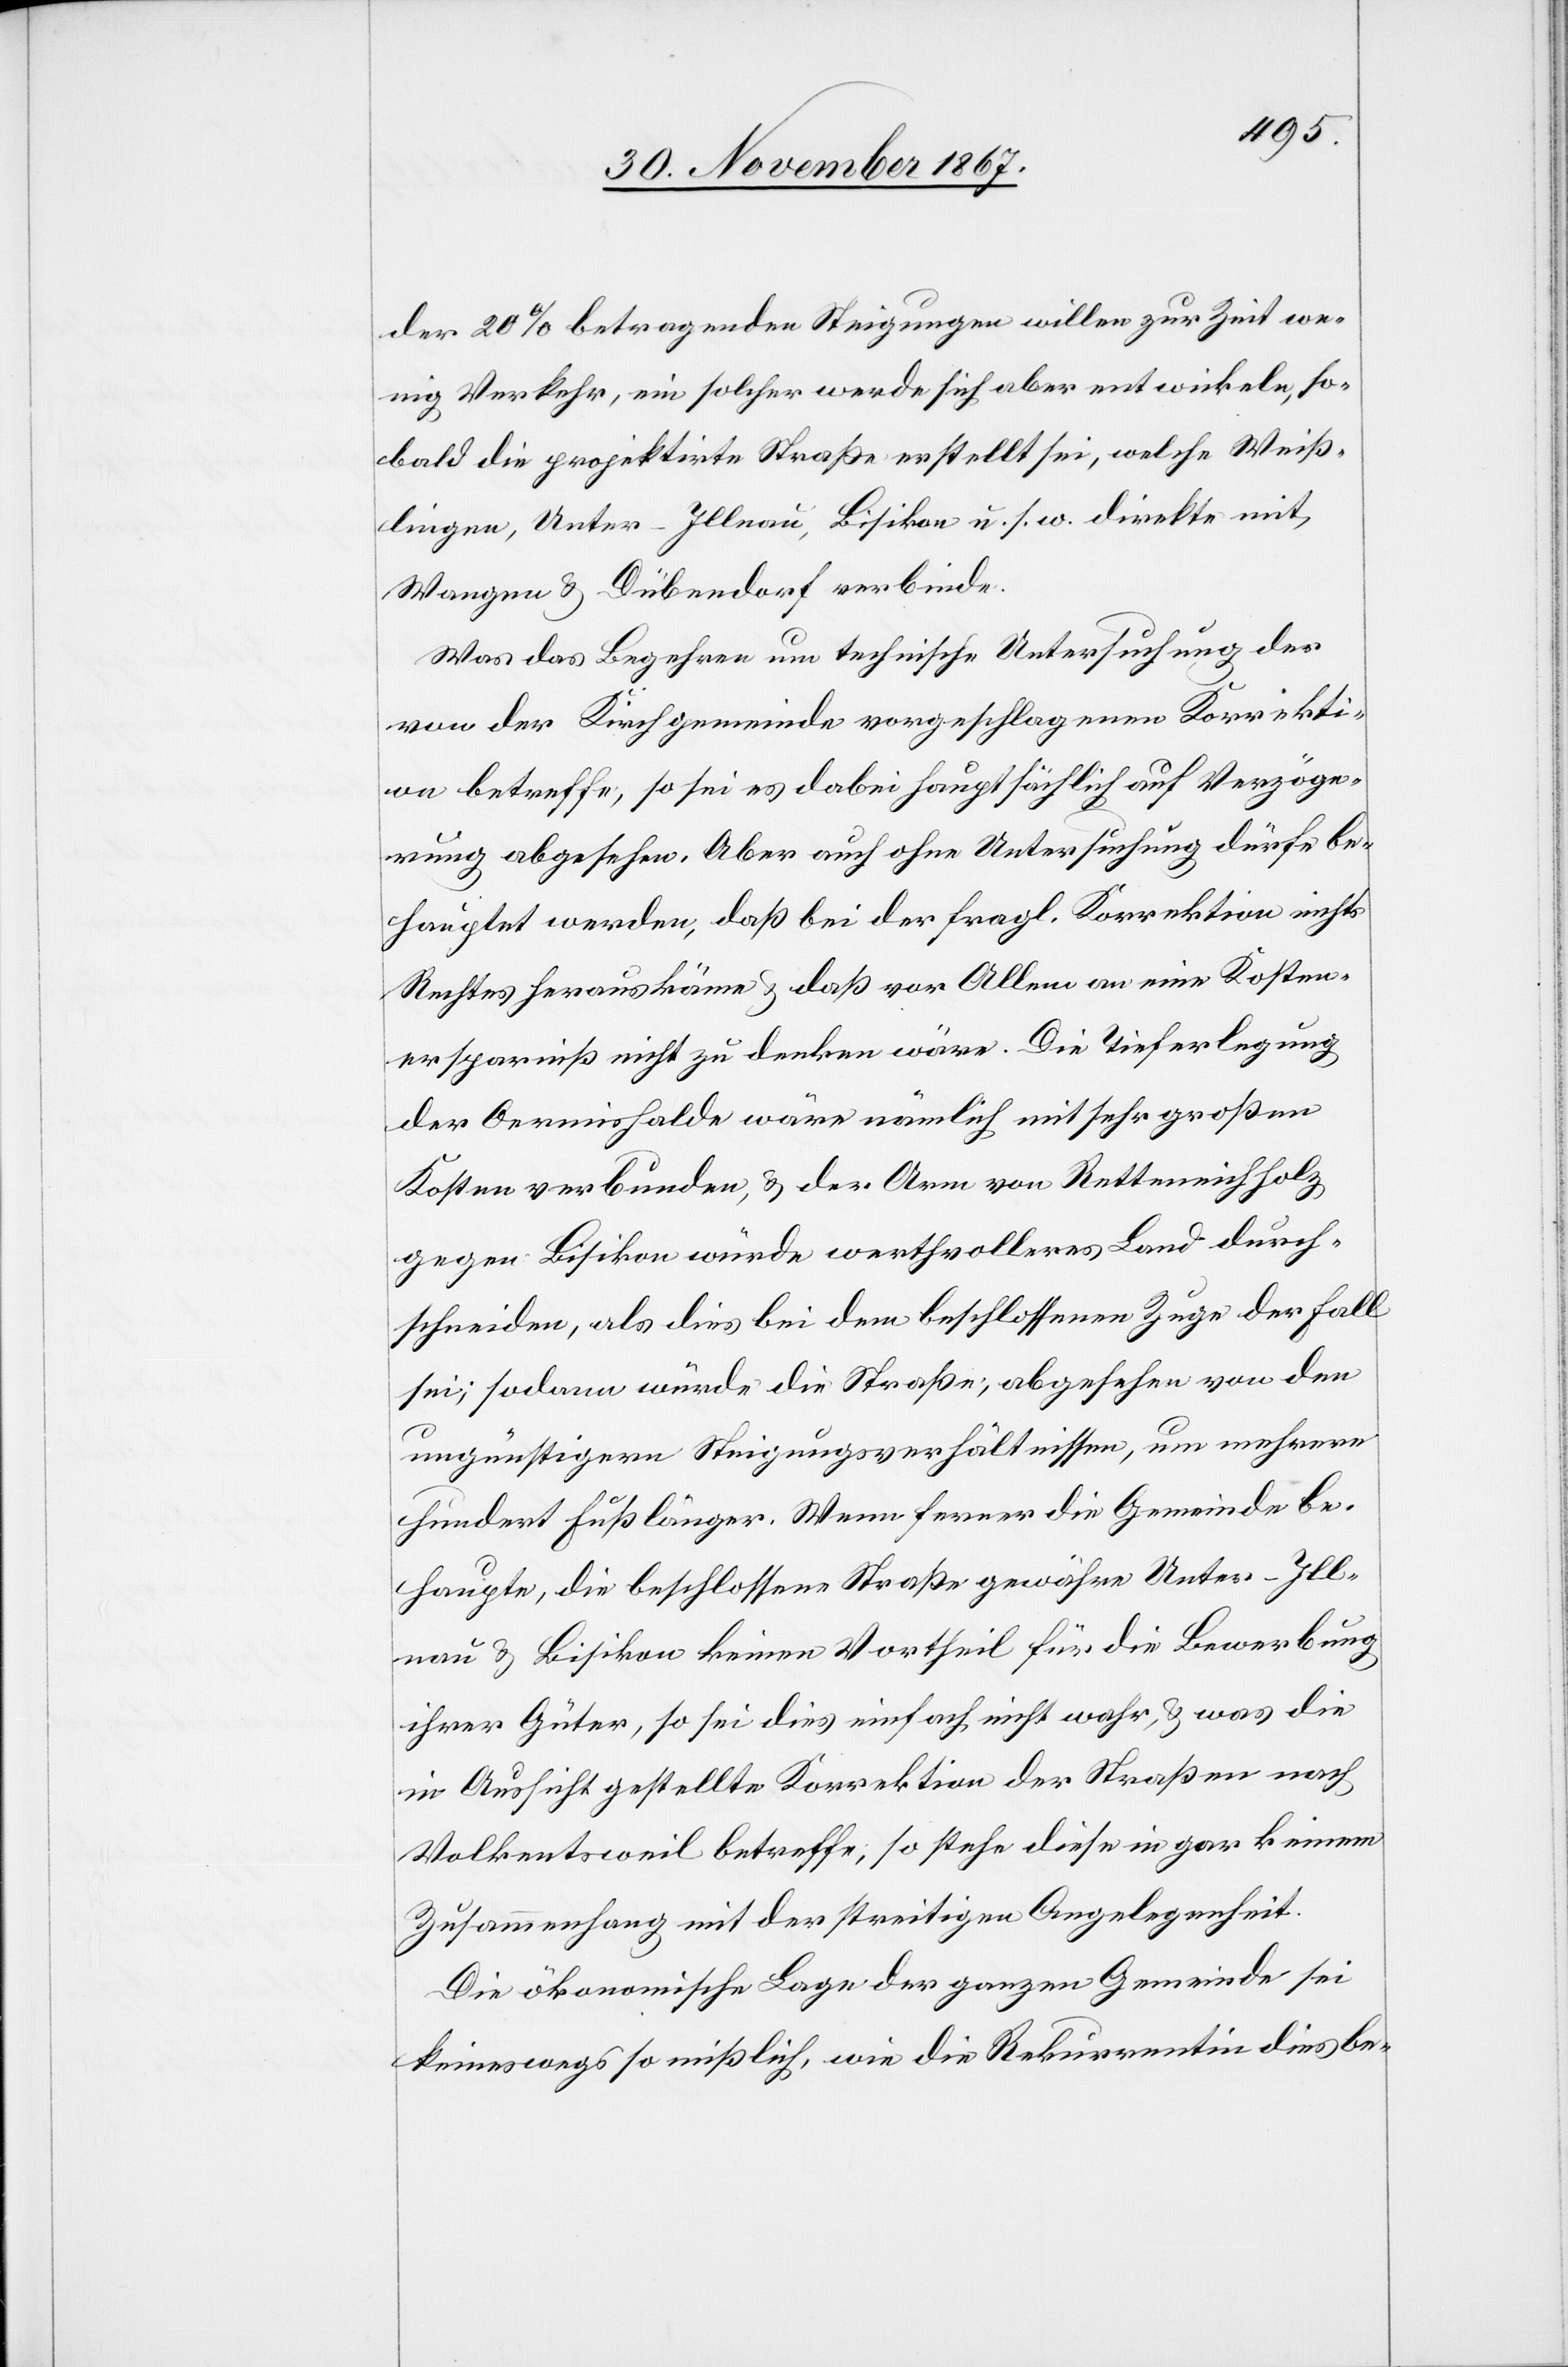
der 20% betragenden Steigungen willen zur Zeit we¬
nig Verkehr, ein solcher werde sich aber entwickeln, so¬
bald die projektirte Straße erstellt sei, welche Weiß¬
lingen, Unter-Illnau, Bisikon u. s. w. direkte mit
Wangen u. Dübendorf verbinde.
Was das Begehren um technische Untersuchungen der
von der Kirchgemeinde vorgeschlagenen Korrekti¬
on betreffe, so sei es dabei hauptsächlich auf Verzöge¬
rung abgesehen. Aber auch ohne Untersuchung dürfe be¬
hauptet werden, daß bei der fragl. Korrektion nichts
Rechtes herauskäme u. daß vor Allem an eine Kosten¬
ersparniß nicht zu denken wäre. Die Tieferlegung
der Oermishalde wäre nämlich mit sehr großen
Kosten verbunden, u. der Arm von Retteneichholz
gegen Bisikon würde werthvolleres land durch¬
schneiden, als dies bei dem beschlossenen Zuge der Fall
sei; sodann würde die Straße, abgesehen von den
ungünstigern Steigungsverhältnissen, um mehrere
hundert Fuß länger. Wenn ferner die Gemeinde be¬
haupte, die beschlossene Straße gewähre Unter-Ill¬
nau u. Bisikon keinen Vortheil für die Bewerbung
ihrer Güter, so sei dies einfach nicht wahr, u. was die
in Aussicht gestellte Korrektion der Straßen nach
Volkentsweil betreffe, so stehe diese in gar keinem
Zusammenhang mit der streitigen Angelegenheit.
Die ökonomische Lage der ganzen Gemeinde sei
keineswegs so mißlich, wie die Rekurrentin dies be-